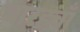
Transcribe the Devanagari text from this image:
वारहवाँ